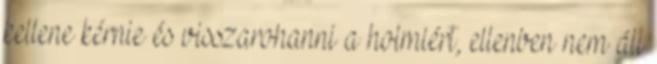
kellene kérnie és visszarohanni a holmiért, ellenben nem áll